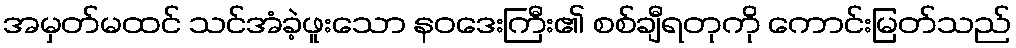
အမှတ်မထင် သင်အံခဲ့ဖူးသော နဝဒေးကြီး၏ စစ်ချီရတုကို ကောင်းမြတ်သည်